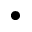
\bullet